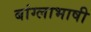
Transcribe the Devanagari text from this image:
बांग्‍लाभाषी